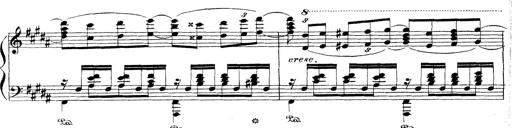
Title: Wagner-Liszt Album
Composer: Franz Liszt